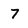
Character: 7